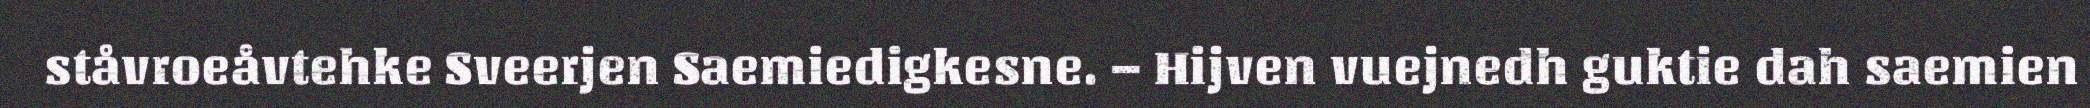
ståvroeåvtehke Sveerjen Saemiedigkesne. – Hijven vuejnedh guktie dah saemien